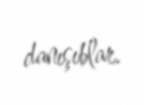
danışıblar.